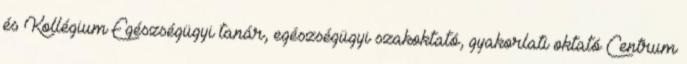
és Kollégium Egészségügyi tanár, egészségügyi szakoktató, gyakorlati oktató Centrum